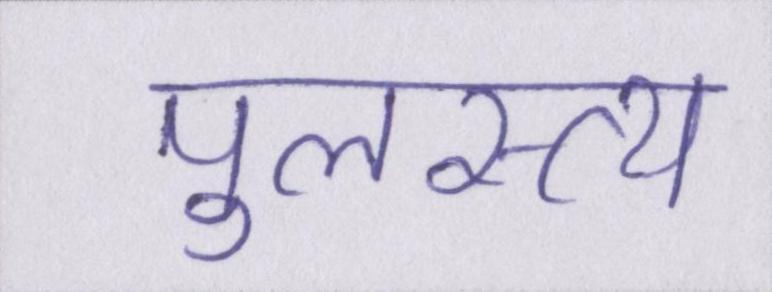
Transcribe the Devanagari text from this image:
पुलस्त्य